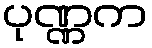
ပုဏ္ဏက